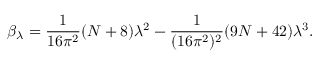
\beta _ { \lambda } = \frac { 1 } { 1 6 \pi ^ { 2 } } ( N + 8 ) { \lambda } ^ { 2 } - \frac { 1 } { ( 1 6 \pi ^ { 2 } ) ^ { 2 } } ( 9 N + 4 2 ) { \lambda } ^ { 3 } .